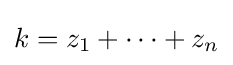
k=z_{1}+\cdots +z_{n}